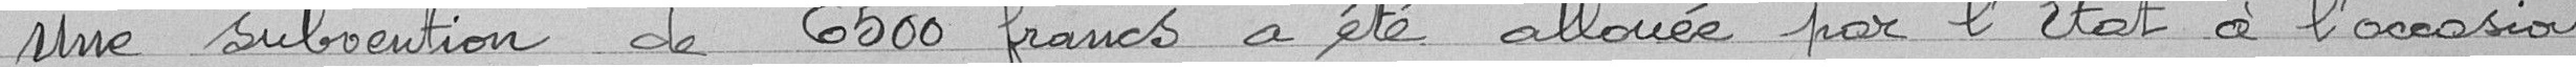
Une subvention de 6500 francs a été allouée par l'Etat à l'occasion